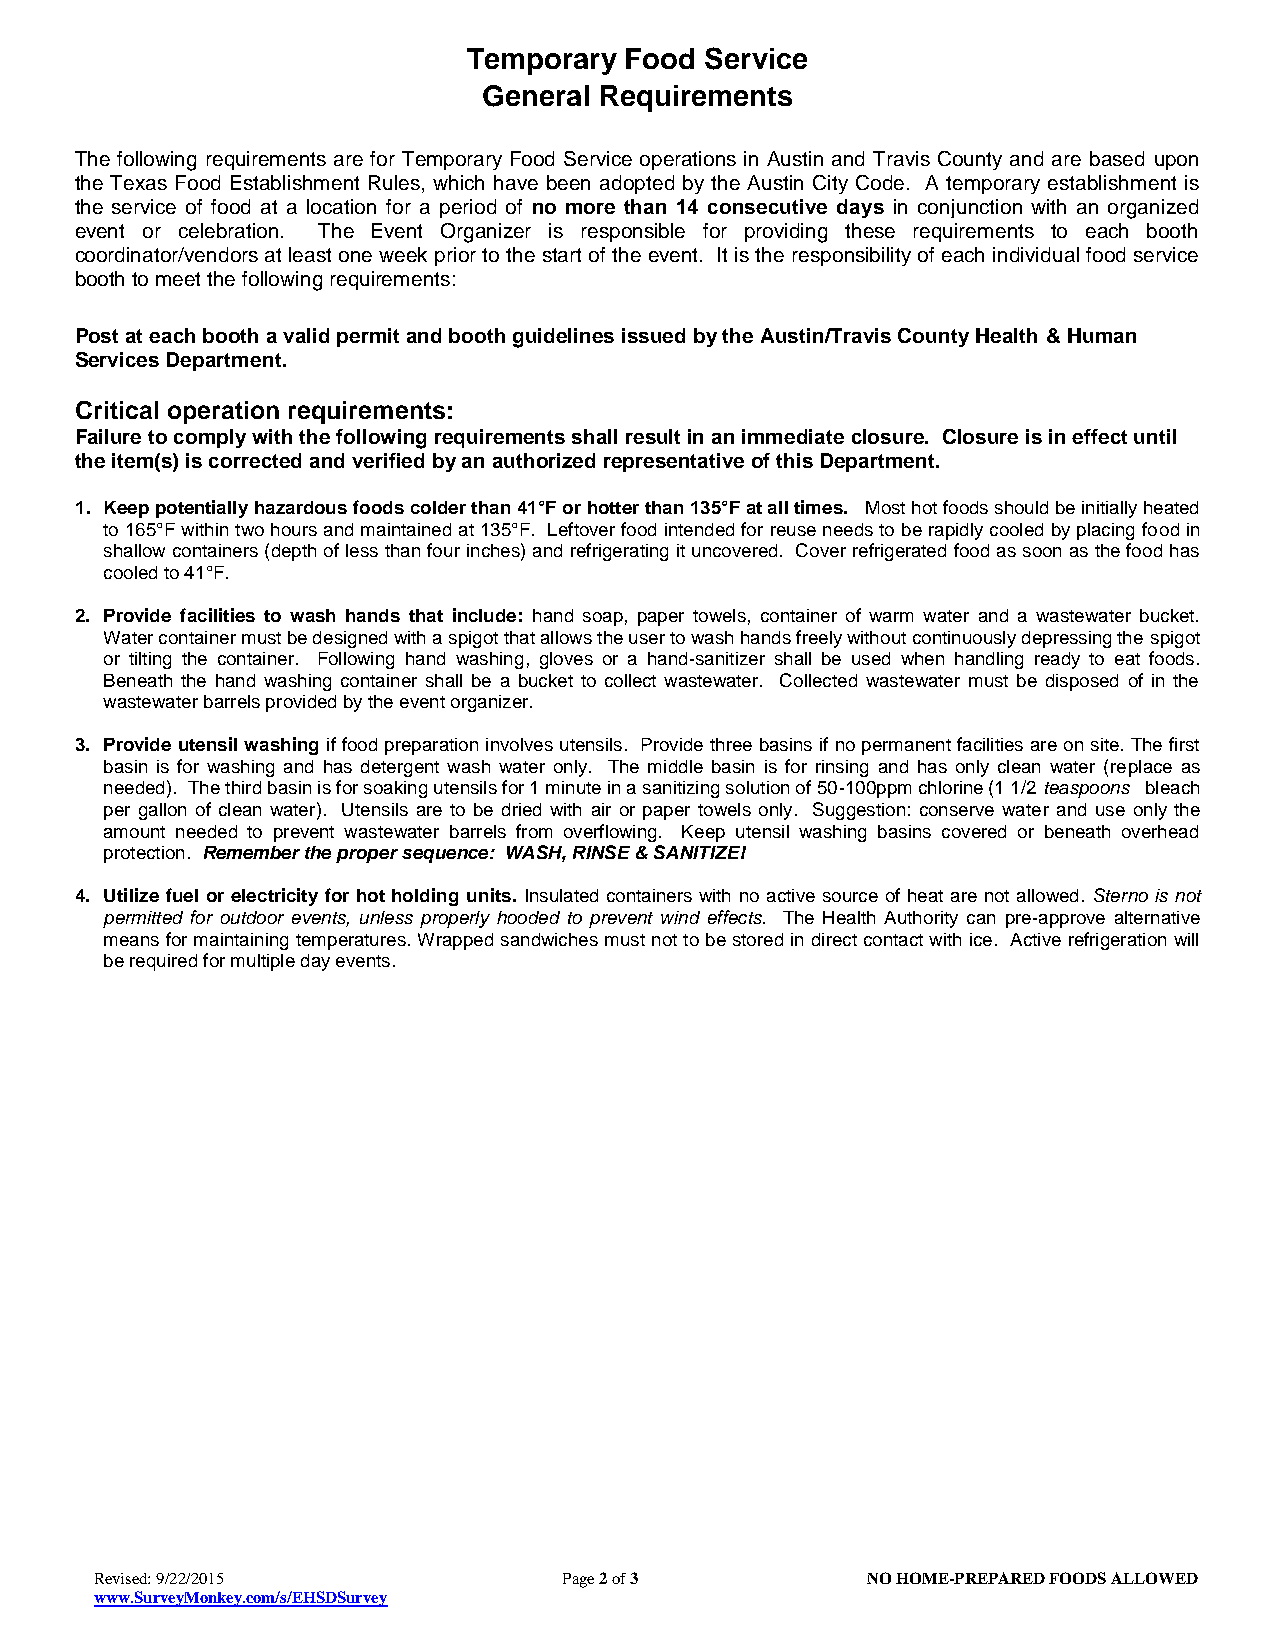
Temporary Food  Service
 General Requirements
 The following requirements are for Temporary Food Service operations in Austin and Travis County and are based upon
 the Texas Food Establishment Rules, which have been adopted by the Austin City Code. A temporary establishment is
 the service of food at a location for a period of no more than 14 consecutive days in conjunction with an organized
 event or celebration. The Event Organizer is responsible for providing these requirements to each booth
 coordinator/vendors at least one week prior to the start of the event. It is the responsibility of each individual food service
 booth to meet the following requirements:
 Post at each booth a valid permit and booth guidelines issued by the Austin/Travis County Health & Human
 Services Department.
 Critical operation requirements:
 Failure to comply with the following requirements shall result in an immediate closure. Closure is in effect until
 the item(s) is corrected and verified by an authorized representative of this Department.
 1. Keep potentially hazardous foods colder than 41°F or hotter than 135°F at all times. Most hot foods should be initially heated
 to 165°F within two hours and maintained at 135°F. Leftover food intended for reuse needs to be rapidly cooled by placing food in
 shallow containers (depth of less than four inches) and refrigerating it uncovered. Cover refrigerated food as soon as the food has
 cooled to 41°F.
 2. Provide facilities to wash hands that include: hand soap, paper towels, container of warm water and a wastewater bucket.
 Water container must be designed with a spigot that allows the user to wash hands freely without continuously depressing the spigot
 or tilting the container. Following hand washing, gloves or a hand-sanitizer shall be used when handling ready to eat foods.
 Beneath the hand washing container shall be a bucket to collect wastewater. Collected wastewater must be disposed of in the
 wastewater barrels provided by the event organizer.
 3. Provide utensil washing if food preparation involves utensils. Provide three basins if no permanent facilities are on site. The first
 basin is for washing and has detergent wash water only. The middle basin is for rinsing and has only clean water (replace as
 needed). The third basin is for soaking utensils for 1 minute in a sanitizing solution of 50-100ppm chlorine (1 1/2 teaspoons bleach
 per gallon of clean water). Utensils are to be dried with air or paper towels only. Suggestion: conserve water and use only the
 amount needed to prevent wastewater barrels from overflowing. Keep utensil washing basins covered or beneath overhead
 protection. Remember the proper sequence: WASH, RINSE & SANITIZE!
 4. Utilize fuel or electricity for hot holding units. Insulated containers with no active source of heat are not allowed. Sterno is not
 permitted for outdoor events, unless properly hooded to prevent wind effects. The Health Authority can pre-approve alternative
 means for maintaining temperatures. Wrapped sandwiches must not to be stored in direct contact with ice. Active refrigeration will
 be required for multiple day events.
 Revised: 9/22/2015             Page 2 of 3         NO HOME-PREPARED FOODS ALLOWED
 www.SurveyMonkey.com/s/EHSDSurvey